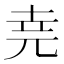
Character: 𫝔